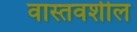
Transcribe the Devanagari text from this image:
वास्तवशील